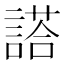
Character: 𬢿